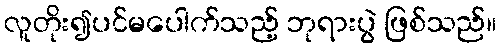
လူတိုး၍ပင်မပေါက်သည့် ဘုရားပွဲ ဖြစ်သည်။